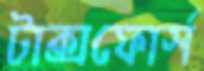
টাক্সফোর্স